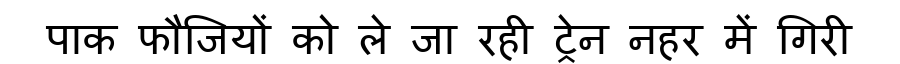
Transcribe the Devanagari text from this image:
पाक फौजियों को ले जा रही ट्रेन नहर में गिरी